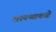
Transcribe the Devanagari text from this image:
सल्ल्याकडे